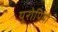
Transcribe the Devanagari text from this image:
यूरोपियो